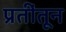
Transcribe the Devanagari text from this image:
प्रतींतून